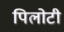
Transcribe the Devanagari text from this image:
पिलोटी